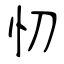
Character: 忉